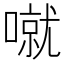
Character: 噈